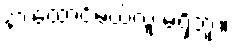
နားထောင်မယ့်လူ မရှိဘူး။